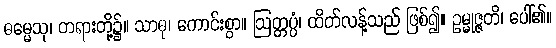
ဓမ္မေသု၊ တရားတို့၌။ သာဓု၊ ကောင်းစွာ။ ဩတ္တပ္ပံ၊ ထိတ်လန့်သည် ဖြစ်၍။ ဥမ္မုဇ္ဇတိ၊ ပေါ်၏။